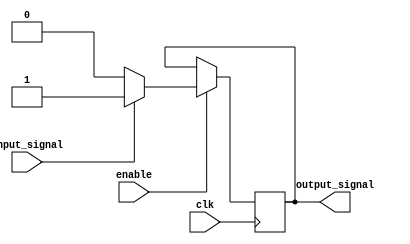
module push_pull_buffer (
    input wire clk, // clock signal
    input wire enable, // enable signal
    input wire input_signal, // input signal
    output reg output_signal // output signal
    );

    // Define parameters
    parameter VDD = 1;
    parameter GND = 0;

    always @(posedge clk) begin
        if (enable) begin
            if (input_signal) begin
                output_signal <= VDD; // PMOS pulls output signal to VDD
            end else begin
                output_signal <= GND; // NMOS pulls output signal to GND
            end
        end
    end

endmodule